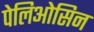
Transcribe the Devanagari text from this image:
पेलिओसिन